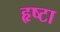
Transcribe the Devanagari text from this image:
हृष्टा